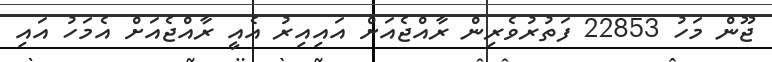
ޖޫން މަހު 22853 ފަތުރުވެރިން ރާއްޖެއަށް އައިއިރު އެއީ ރާއްޖެއަށް އެމަހު އައި